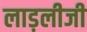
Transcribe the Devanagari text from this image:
लाड़लीजी